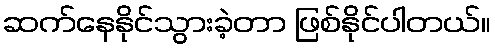
ဆက်နေနိုင်သွားခဲ့တာ ဖြစ်နိုင်ပါတယ်။